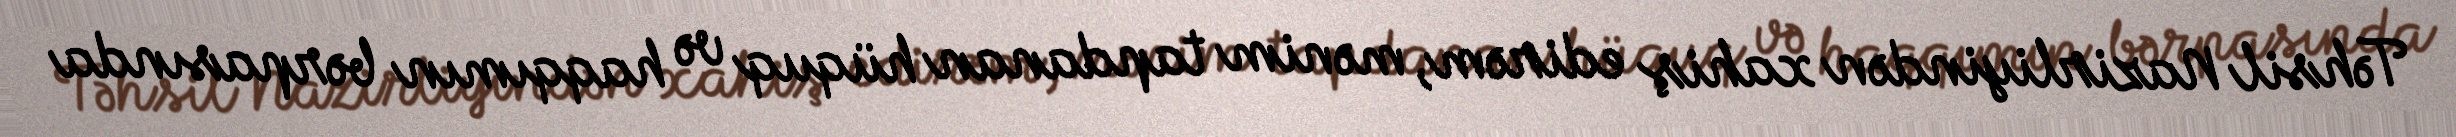
Təhsil Nazirliyindən xahiş edirəm, mənim tapdanan hüquq və haqqımın bərpasında